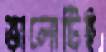
ভালোটিই